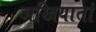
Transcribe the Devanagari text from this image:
अखियातां